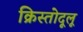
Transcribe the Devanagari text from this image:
क्रिस्तोदूलू